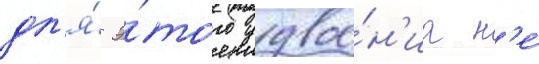
дл'я́ э́того удвое́н'иа н'е́